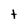
Character: t